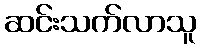
ဆင်းသက်လာသူ